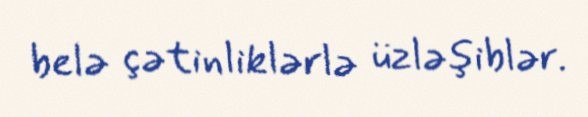
belə çətinliklərlə üzləşiblər.